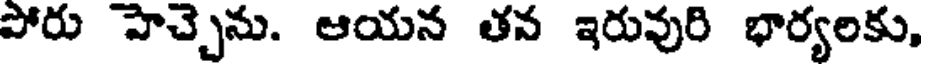
పోరు హెచ్చెను. ఆయన తన ఇరువురి భార్యలకు,